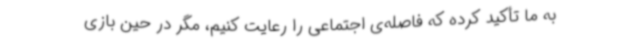
به ما تأکید کرده که فاصله‌ی اجتماعی را رعایت کنیم، مگر در حین بازی